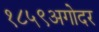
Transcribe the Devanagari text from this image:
१८५९अगोदर